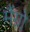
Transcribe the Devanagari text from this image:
मैंग्रो